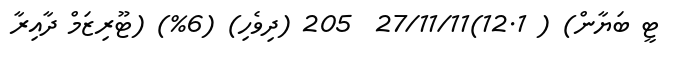
ޓީ ބަޔާން) ( 12.1)27/11/11  205 (ދިވެހި) (6%) (ޓޫރިޒަމް ދާއިރާ